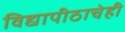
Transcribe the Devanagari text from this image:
विद्यापीठाचेही